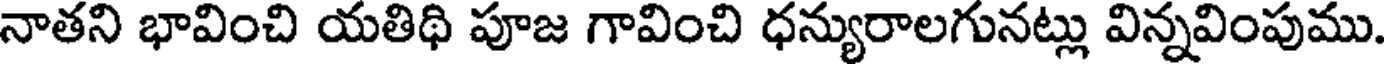
నాతని భావించి యతిథి పూజ గావించి ధన్యురాలగునట్లు విన్నవింపుము.